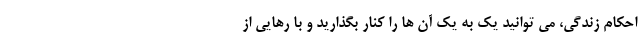
احکام زندگی، می توانید یک به یک آن ها را کنار بگذارید و با رهایی از